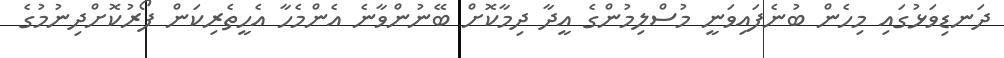
ދަނޑިވަޅުގައި މިހެން ބުނެފައިވަނީ މުސްލިމުންގެ އީދާ ދިމާކޮށް ބޭނުންވާނެ އެންމެހާ އެހީތެރިކަން ފޯރުކޮށްދިނުމުގެ